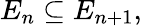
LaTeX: E_{n}\subseteq E_{n+1},